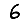
Digit: 6